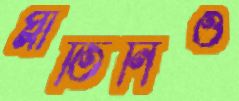
প্লাতিনিও